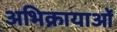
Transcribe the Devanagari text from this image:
अभिक्रायाओं